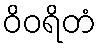
ဝိဝရိတံ